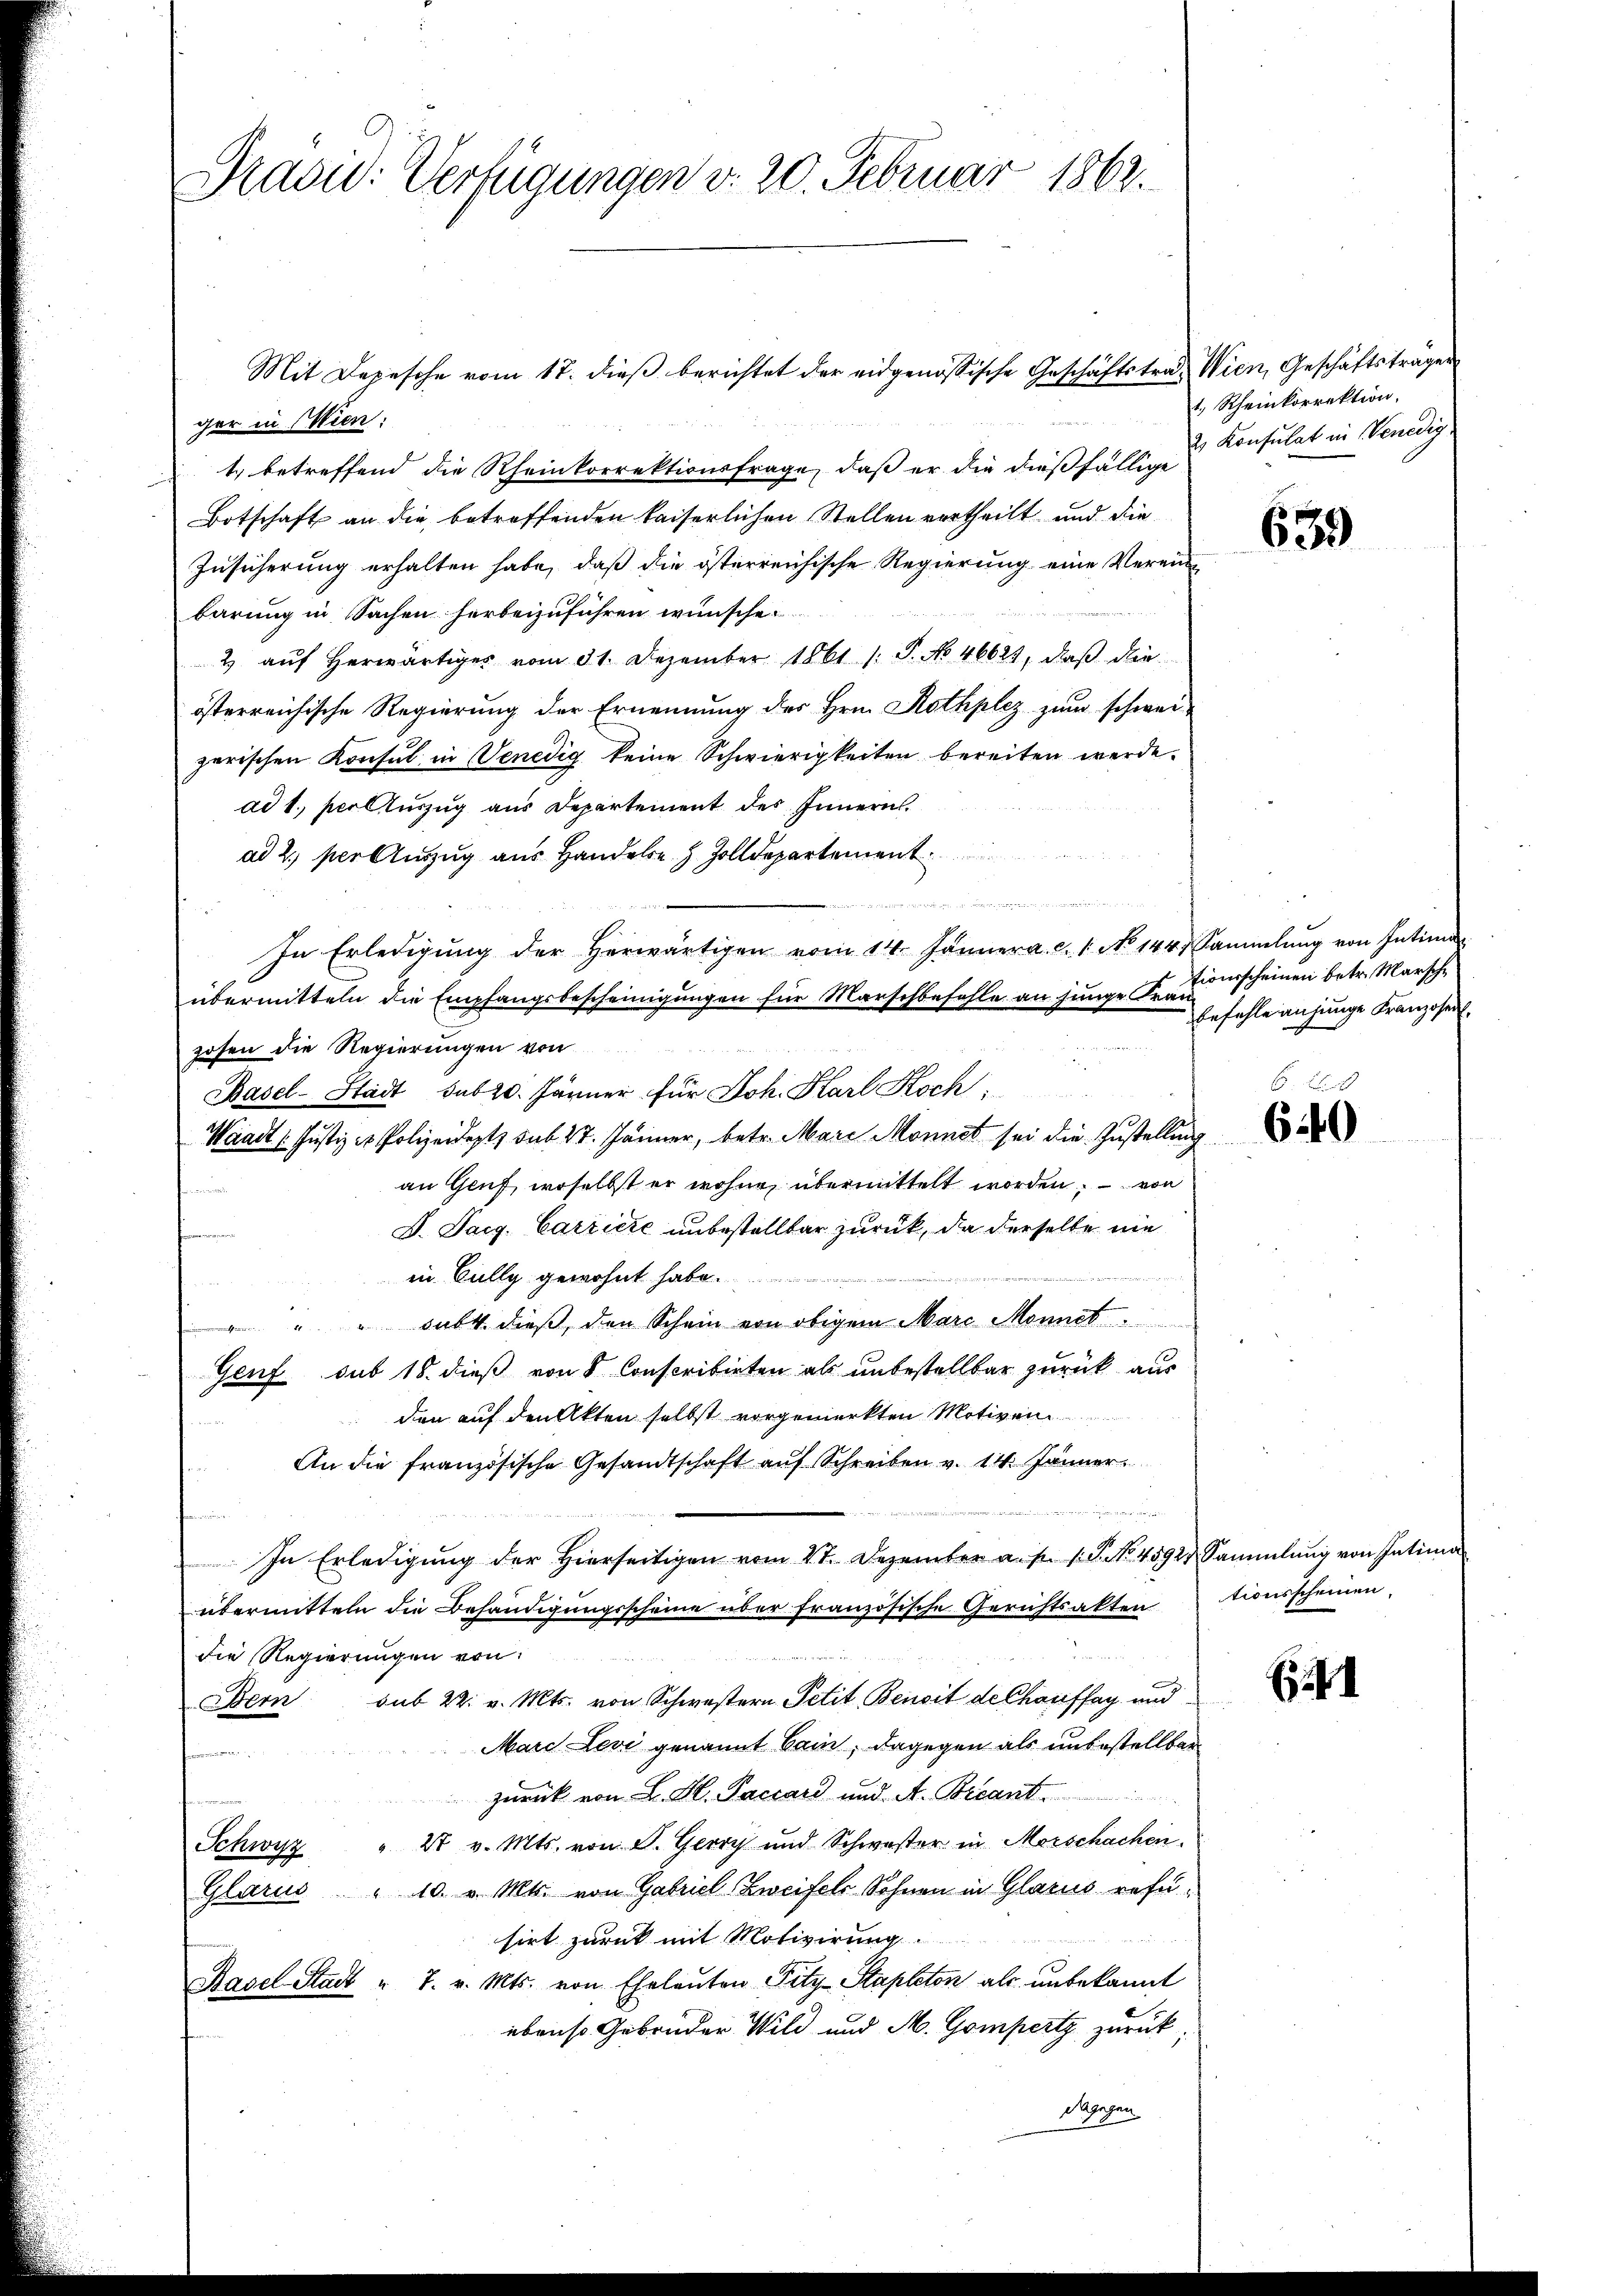
Pradid: Verfügungen d. 20. Februar 1862.

Mit Depesche vom 17. dieß berichtet der eidgenößische Geschäftstra, Wien, Geschäftsträgen
ger in Wien:
1. betreffend die Rheinkorrektionsfrage, daß er die dießfällige
Botschaft an die betreffenden kaiserlichen Stellen vertheilt und die
Zusicherung erhalten habe, daß die österreichische Regierung eine Verein
barung in Sachen herbeizuführen wünsche
2 aŭf herwärtiges vom 31. Dezember 1861 1 S. No 46624, daβ die
österreichische Regierung der Ernennung des Hrn. Rothplez zum schweizerischen Konsul in Venedig keine Schwierigkeiten bereiten werde.
ad 1., per Auszug aus Departement des Innern.
ad 2. per Anzug aus Handele Zolldepartement

In Erledigŭng der herwärtigen vom 14. Jänner a. c. 1. No 144. Sammlung von Intima
übermitteln die Empfangsbescheinigŭngen für Marschbefehle an junge Fr. einscheinen betr. Marschzosen die Regierungen von
Basel-Stadt sub 20. Jänner für Joh. Karl Koch,
Waadt (Justiz - Polizeidet sub 27. Jänner, betr. Mare Monnet sei die Zustellung
an Gruf, woselbst er wohne übermittelt worden; — von
2
D. Sarg. Carriere unbestellter zurück, da derselbe nie
fernennen
in Cully gewohnt habe.
" " " subt dieβ, den Schein von obigem Marc Monnet
Genf sub 18. dieß von 8 Conscribirten als unbestellbar zurück aus
den auf den Akten selbst vorgemerkten Motiven
An die französische Gesandtschaft auf Schreiben v. 14. Jänner

In Erledigŭng der hierseitigen vom 27. Dezember a. p. 1. P. No. 4592. Sammlung von Intima
übermitteln die Behändigungsscheine über französische Gerichtsaktentionsscheinen,
die Regierungen von
Bern sub 22. v. Mts. von Schwestern Petit Benoit de Chauffag und
Marc Levi genannt Cain, dagegen als unbestellbar

zurück von L. H. Paccard und A. Beant
Schwyz " 2 v. Mts. von F. Gerry und Schwester in Morschachen.
Glarus " 10. v. Mts. von Gabriel Zweifels Sohnen in Glarus refesirt zurück mit Motivirung.
Basel-Stadt " 7. v. Mts. von Eheleuten Fitz-Stapleton als unbekannt
ebenso Gebonder Wild und M. Gompertz zurück
dagegen

1, Rheinkorrektion,
2. Konsulat in Venedig

639

befehle anjunge Franzosen.

6 x
640

1